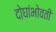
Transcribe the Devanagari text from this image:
दोघांभोवती